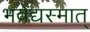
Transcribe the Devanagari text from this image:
भवेद्यस्मात्